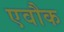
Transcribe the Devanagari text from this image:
एवौक